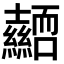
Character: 𭐜